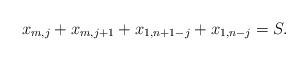
LaTeX: \begin{align*} x_{m,j} + x_{m,j+1} + x_{1,n+1-j} + x_{1,n-j} = S.\end{align*}